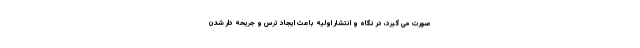
صورت می گیرد، در نگاه و انتشار اولیه باعث ایجاد ترس و جریحه دار شدن